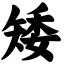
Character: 矮